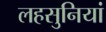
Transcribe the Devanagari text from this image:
लहसुनियां